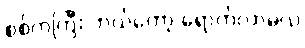
စစ်ကဲကြီး ဘယ်တော့ ရောက်လာမလဲ